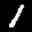
Label: 1